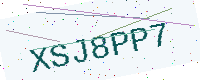
Text: XSJ8PP7